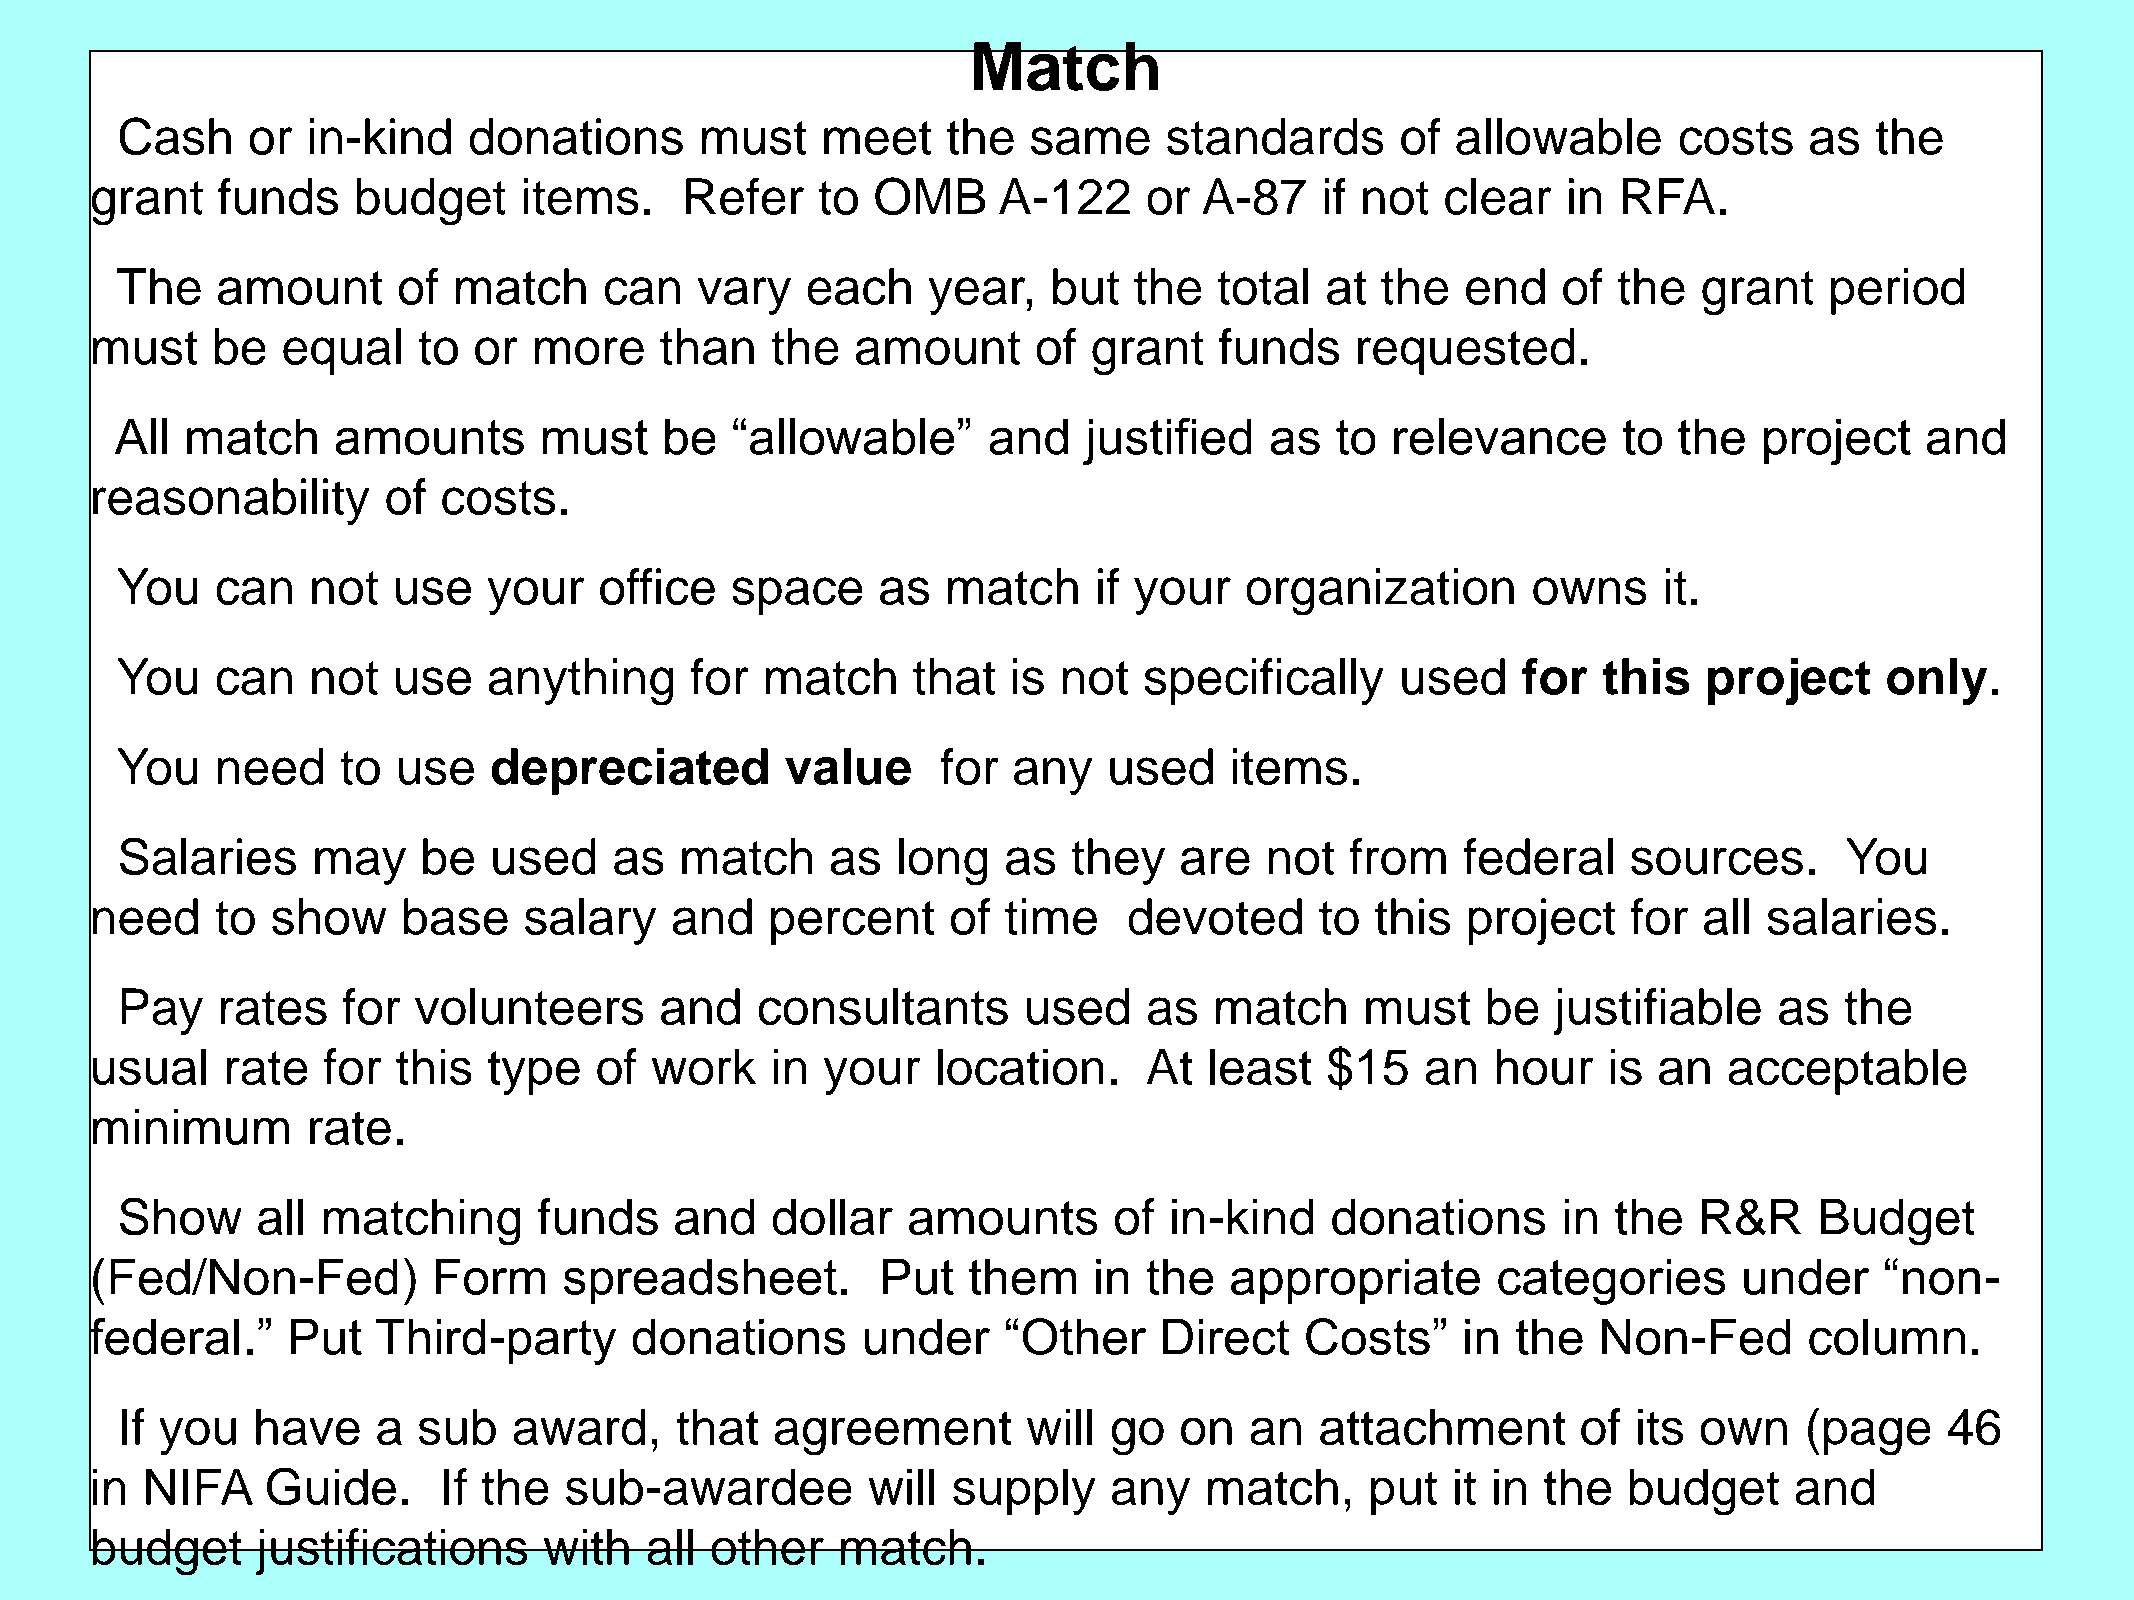
Match
 Cash    or  in-kind    donations      must    meet     the  same     standards       of allowable      costs    as  the
 grant   funds    budget     items.     Refer    to  OMB     A-122     or  A-87   if not   clear   in RFA.
 The   amount      of  match     can   vary   each    year,    but  the   total  at the   end   of  the   grant   period
 must    be   equal    to or  more     than   the   amount     of  grant    funds    requested.
 All match     amounts       must    be  “allowable”      and    justified   as  to  relevance      to  the   project   and
 reasonability      of  costs.
 You   can   not   use   your    office  space     as   match    if your   organization       owns     it.
 You   can   not   use   anything      for match     that   is not   specifically     used    for  this   project     only.
 You   need    to  use   depreciated         value     for  any   used    items.
 Salaries     may    be  used     as  match     as  long   as   they   are   not  from    federal    sources.      You
 need    to  show     base    salary   and    percent     of time     devoted     to  this  project    for  all salaries.
 Pay   rates    for volunteers       and   consultants       used    as  match     must    be   justifiable    as  the
 usual    rate  for  this  type   of  work    in your    location.     At  least   $15   an   hour   is  an  acceptable
 minimum       rate.
 Show     all matching       funds    and   dollar   amounts       of in-kind    donations      in  the  R&R     Budget
 (Fed/Non-Fed)          Form    spreadsheet.         Put   them    in  the  appropriate       categories      under     “non-
 federal.”    Put   Third-party      donations      under    “Other     Direct   Costs”     in the   Non-Fed       column.
 If you   have    a  sub   award,     that  agreement        will go   on   an  attachment        of its own    (page     46
 in NIFA     Guide.     If the  sub-awardee         will  supply    any    match,     put  it in the   budget     and
 budget     justifications     with   all other   match.